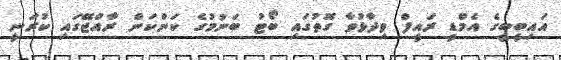
އައިބީބީގެ އެމްޑީ ރައީފް ވިދާޅުވާ ގޮތުގައި ބޯޓު ބަނުމުގެ ކަންކަން ރާއްޖޭގައި ކުރަނީ